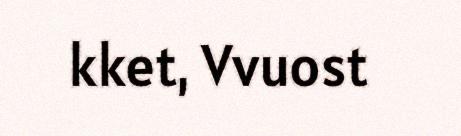
kket, Vvuost